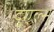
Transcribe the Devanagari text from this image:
दुएल्स्